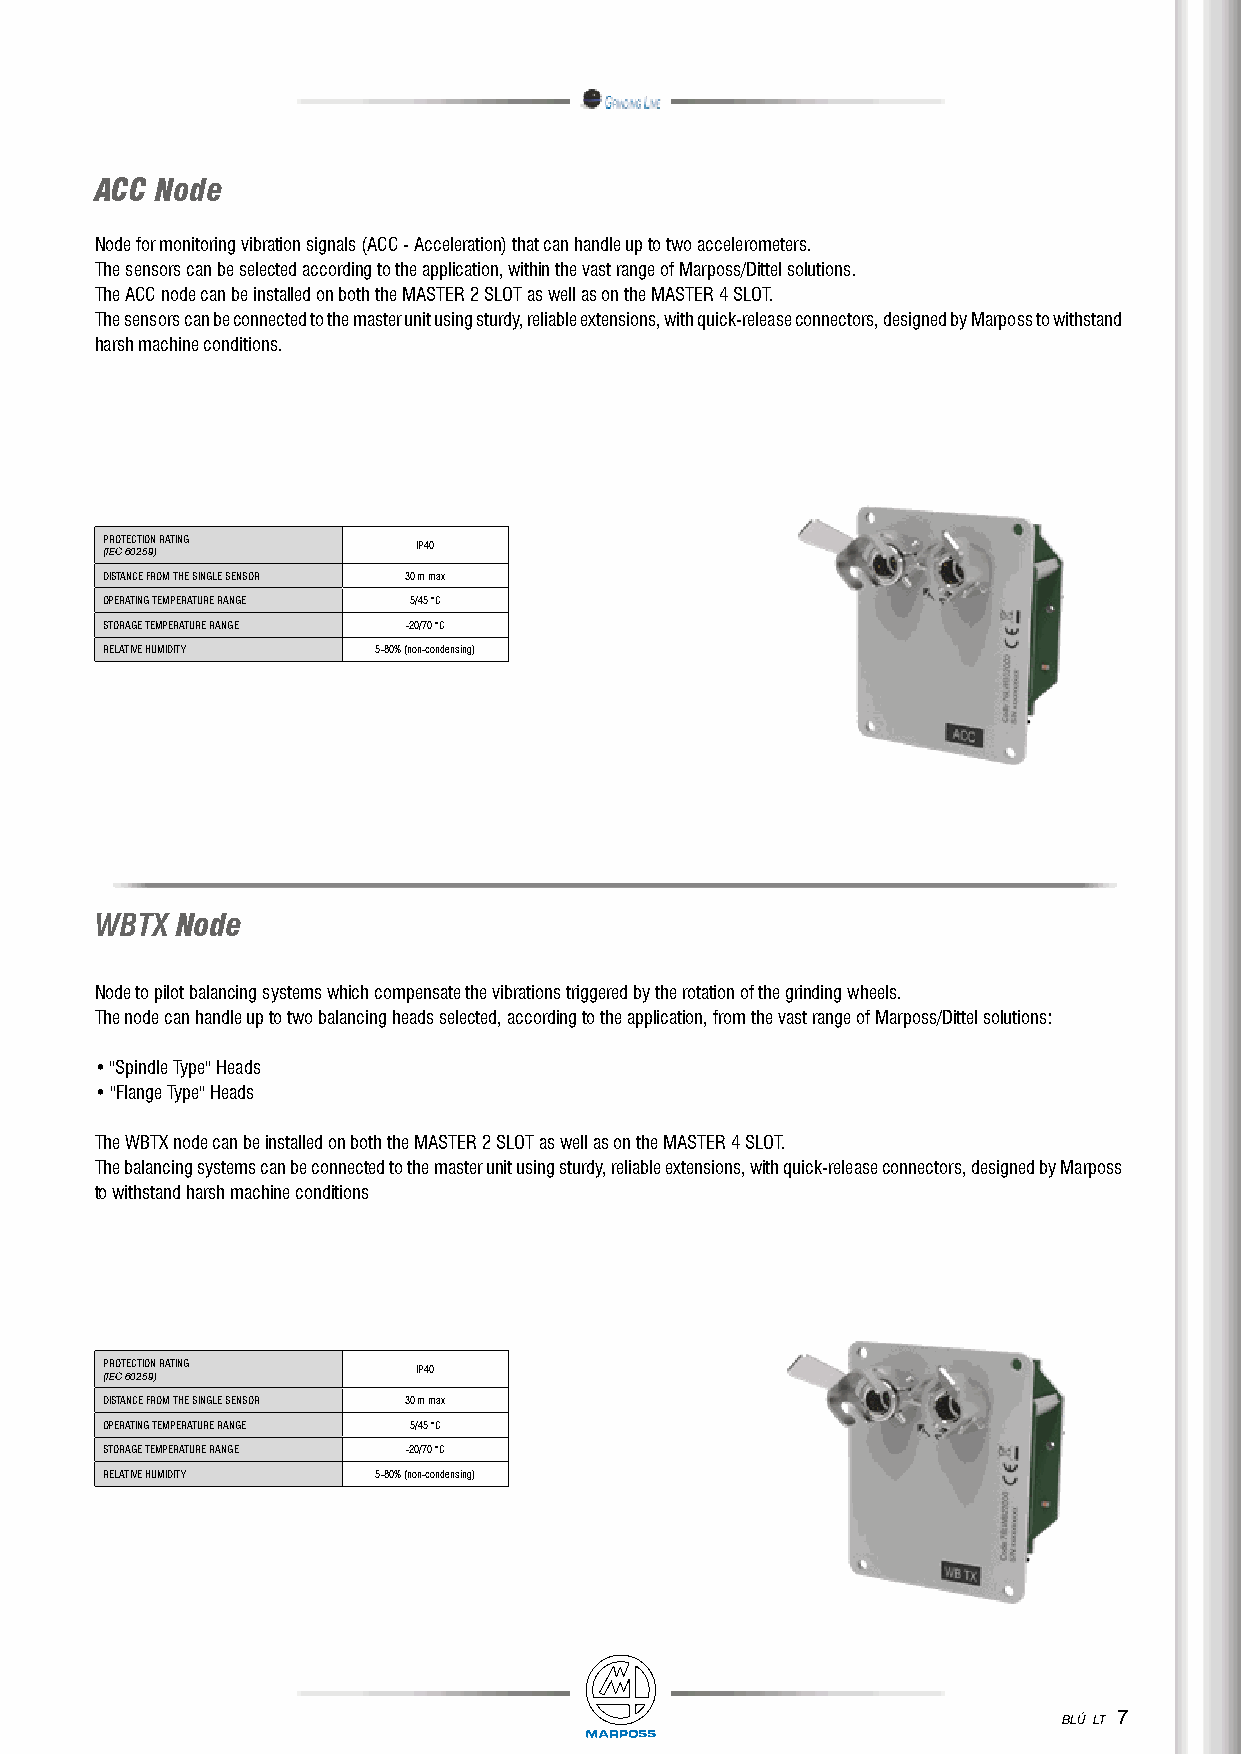
ACC Node
 Node for monitoring vibration signals (ACC - Acceleration) that can handle up to two accelerometers.
 The sensors can be selected according to the application, within the vast range of Marposs/Dittel solutions.
 The ACC node can be installed on both the MASTER 2 SLOT as well as on the MASTER 4 SLOT.
 The sensors can be connected to the master unit using sturdy, reliable extensions, with quick-release connectors, designed by Marposs to withstand
 harsh machine conditions.
 PROTECTION RATING    IP40
 (IEC 60259)
 DISTANCE FROM THE SINGLE SENSOR 30 m max
 OPERATING TEMPERATURE RANGE 5/45 °C
 STORAGE TEMPERATURE RANGE -20/70 °C
 RELATIVE HUMIDITY 5-80% (non-condensing)
 WBTX  Node
 Node to pilot balancing systems which compensate the vibrations triggered by the rotation of the grinding wheels.
 The node can handle up to two balancing heads selected, according to the application, from the vast range of Marposs/Dittel solutions:
 • "Spindle Type" Heads
 • "Flange Type" Heads
 The WBTX node can be installed on both the MASTER 2 SLOT as well as on the MASTER 4 SLOT.
 The balancing systems can be connected to the master unit using sturdy, reliable extensions, with quick-release connectors, designed by Marposs
 to withstand harsh machine conditions
 PROTECTION RATING    IP40
 (IEC 60259)
 DISTANCE FROM THE SINGLE SENSOR 30 m max
 OPERATING TEMPERATURE RANGE 5/45 °C
 STORAGE TEMPERATURE RANGE -20/70 °C
 RELATIVE HUMIDITY 5-80% (non-condensing)
 7
 BLÚ LT